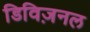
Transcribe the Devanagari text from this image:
डिविज़नल